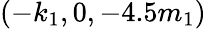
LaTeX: (-k_{1},0,-4.5m_{1})